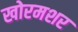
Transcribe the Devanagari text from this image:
खोरमशर